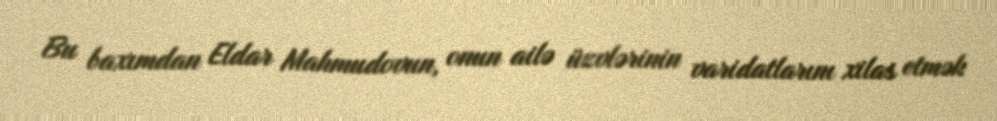
Bu baxımdan Eldar Mahmudovun, onun ailə üzvlərinin varidatlarını xilas etmək